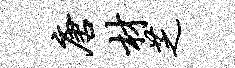
唐材芝